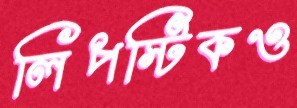
লিপস্টিকও